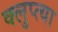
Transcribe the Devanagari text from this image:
क्लुप्त्या